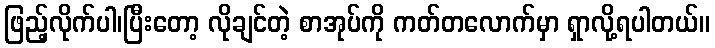
ဖြည့်လိုက်ပါ၊ပြီးတော့ လိုချင်တဲ့ စာအုပ်ကို ကတ်တလောက်မှာ ရှာလို့ရပါတယ်။